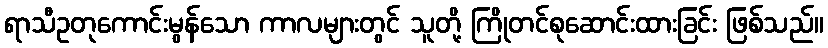
ရာသီဥတုကောင်းမွန်သော ကာလများတွင် သူတို့ ကြိုတင်စုဆောင်းထားခြင်း ဖြစ်သည်။